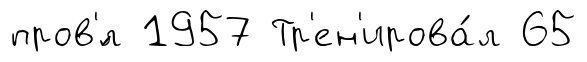
пров'́л 1957 Тр'ен'ирова́л 65